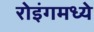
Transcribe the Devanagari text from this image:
रोइंगमध्ये